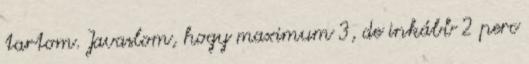
tartom. Javaslom, hogy maximum 3, de inkább 2 perc